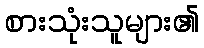
စားသုံးသူများ၏